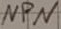
Text: NPN